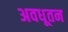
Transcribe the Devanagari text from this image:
अवधूतन